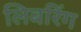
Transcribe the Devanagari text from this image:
लिबरिंग